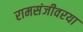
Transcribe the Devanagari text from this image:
रामसंजीवरया